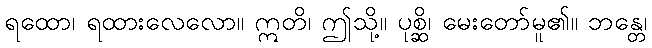
ရထော၊ ရထားလေလော။ ဣတိ၊ ဤသို့။ ပုစ္ဆိ၊ မေးတော်မူ၏။ ဘန္တေ၊